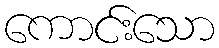
ကောင်းသော